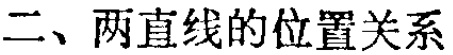
二、两直线的位置关系